Leaving Certificate Examination (including Day School Certificate (Higher) General paper), 1928
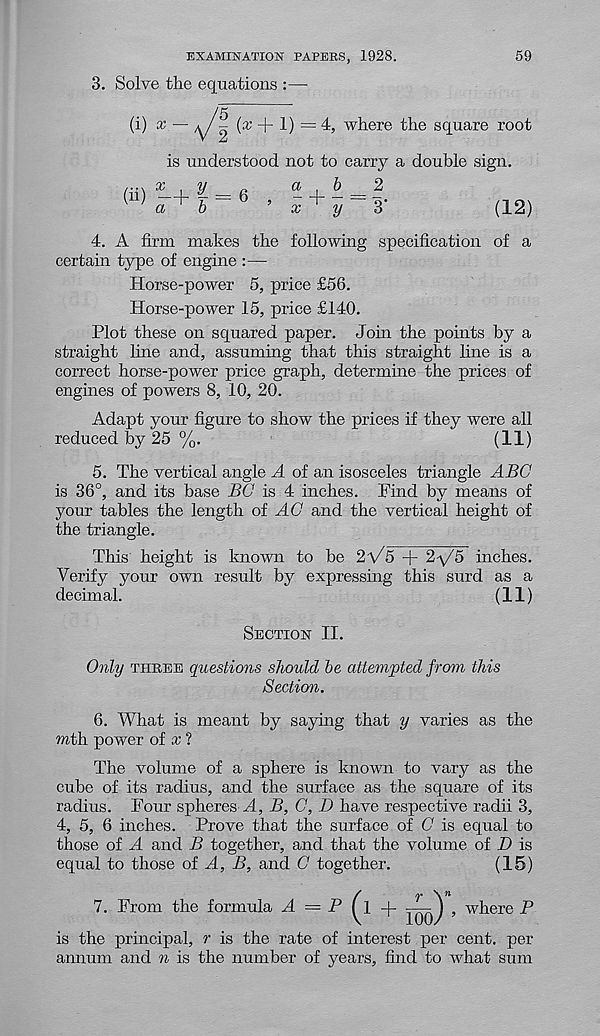
59
EXAMINATION PAPERS, 1928.
3. Solve the equations
(i) * “ y g (* + 1) = 4, where the square root
is understood not to carry a double sign.
a
b __ 2
x + y~S
(12)
(ii> :-+1= 6
4. A firm makes the following specification of a
certain type of engine :—
Horse-power 5, price £56.
Horse-power 15, price £140.
Plot these on squared paper. Join the points by a
straight line and, assuming that this straight line is a
correct horse-power price graph, determine the prices of
engines of powers 8, 10, 20.
Adapt your figure to show the prices if they were all
reduced by 25 %.
(11)
5. The vertical angle A of an isosceles triangle ABC
is 36°, and its base BC is 4 inches. Find by means of
your tables the length of AC and the vertical height of
the triangle.
This height is known to be 2'V / 5 + 2-\/5 inches.
Verify your own result by expressing this surd as a
decimal.
(ID
Section II.
Only three questions should be attempted from this
Section.
6. What is meant by saying that y varies as the
mth power of x ?
The volume of a sphere is known to vary as the
cube of its radius, and the surface as the square of its
radius. Four spheres A, B, C, D have respective radii 3,
4, 5, 6 inches. Prove that the surface of C is equal to
those of A and B together, and that the volume of D is
equal to those of A, B, and C together.
(15)
7. From the formula A = P
0 + I5o)"’ where F
is the principal, r is the rate of interest per cent, per
annum and n is the number of years, find to what sum